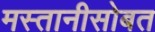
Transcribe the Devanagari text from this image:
मस्तानीसोबत